Annual report of the Bengal Veterinary College and of the Civil Veterinary Department, Bengal, for the year 1914-1915 - 1914-1915
Year: 1914
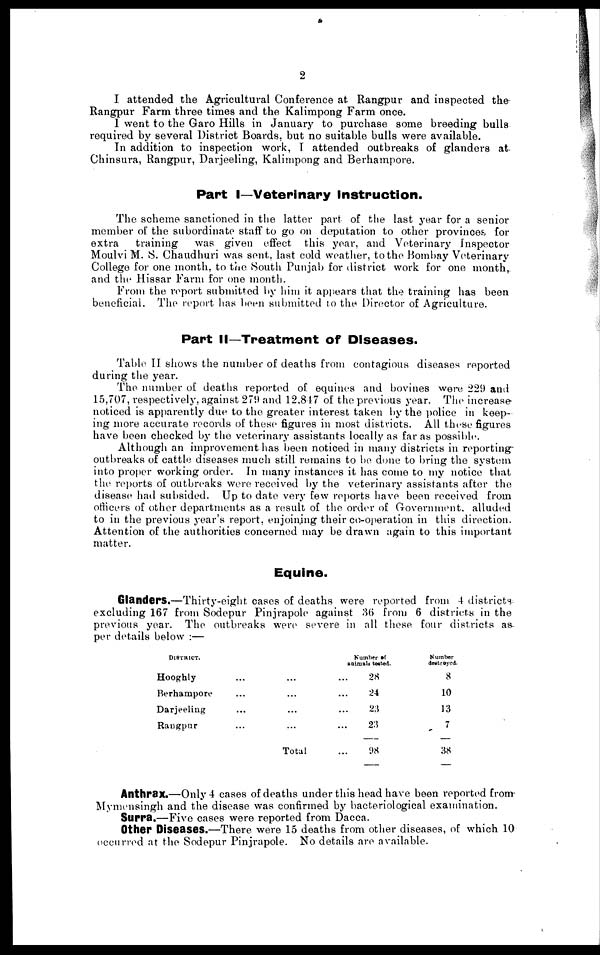
2
I attended the Agricultural Conference at Rangpur and inspected the
Rangpur Farm three times and the Kalimpong Farm once.
I went to the Garo Hills in January to purchase some breeding bulls
required by several District Boards, but no suitable bulls were available.
In addition to inspection work, I attended outbreaks of glanders at
Chinsura, Rangpur, Darjeeling, Kalimpong and Berhampore.
Part I—Veterinary Instruction.
The scheme sanctioned in the latter part of the last year for a senior
member of the subordinate staff to go on deputation to other provinces for
extra
training
was given effect this year, and Veterinary Inspector
Moulvi M. S. Chaudhuri was sent, last cold weather, to the Bombay Veterinary
College for one month, to the South Punjab for district work for one month,
and the Hissar Farm for one month.
From the report submitted by him it appears that the training has been
beneficial. The report has been submitted to the Director of Agriculture.
Part II—Treatment of Diseases.
Table II shows the number of deaths from contagious diseases reported
during the year.
The number of deaths reported of equines and bovines were 229 and
15,707, respectively, against 279 and 12,847 of the previous year. The increase
noticed is apparently due to the greater interest taken by the police in keep-
ing more accurate records of these figures in most districts. All these figures
have been checked by the veterinary assistants locally as far as possible.
Although an improvement has been noticed in many districts in reporting
outbreaks of cattle diseases much still remains to be done to bring the system
into proper working order. In many instances it has come to my notice that
the reports of outbreaks were received by the veterinary assistants after the
disease had subsided. Up to date very few reports have been received from
officers of other departments as a result of the order of Government, alluded
to in the previous year's report, enjoining their co-operation in this direction.
Attention of the authorities concerned may be drawn again to this important
matter.
Equine.
Glanders.—Thirty-eight cases of deaths were reported from 4 districts
excluding 167 from Sodepur Pinjrapole against 36 from 6 districts in the
previous year. The outbreaks were severe in all these four districts as-
per details below :—
DISTRICT.
Hooghly
Berhampore
Darjeeling
Rangpur
...
...
...
...
...
...
...
...
Total
Number of
animals tested.
... 28
... 24
... 23
... 23
... 98
Number
destroyed.
8
10
13
7
38
Anthrax.—Only 4 cases of deaths under this head have been reported from
Mymensingh and the disease was confirmed by bacteriological examination.
Surra.—Five cases were reported from Dacca.
Other Diseases.—There were 15 deaths from other diseases, of which 10
occurred at the Sodepur Pinjrapole. No details are available.